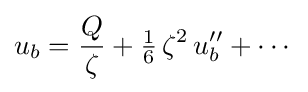
u_{b}={\frac {Q}{\zeta }}+{\tfrac {1}{6}}\,\zeta ^{2}\,u_{b}''+\cdots